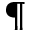
^ \mathparagraph